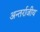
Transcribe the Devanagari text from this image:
अन्तर्राजीय